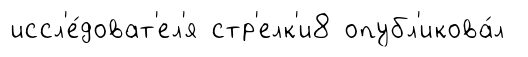
иссл'е́доват'ел'я стр'елк'и8 опубл'икова́л